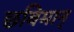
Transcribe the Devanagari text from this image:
छबिमान्